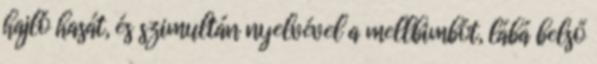
hajló hasát, és szimultán nyelvével a mellbimbót, lábá belső